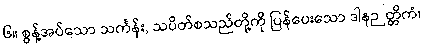
၆။ စွန့်အပ်သော သင်္ကန်း, သပိတ်စသည်တို့ကို ပြန်ပေးသော ဒါနဉတ္တိကံ၊